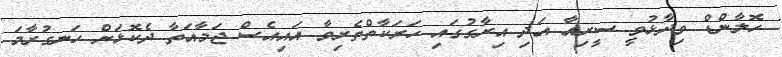
ހޮލާންޑް ވިދާޅުވީ ސީރިއާ އަދި އިރާގުގައި ހަރަކާތްތެރިވާ އައިއެސް ޖަމާއަތާ ދެކޮޅަށް ހަނގުރާމަ